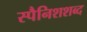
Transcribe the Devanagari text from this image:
स्पैनिशशब्द